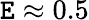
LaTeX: \mathtt{E}\approx0.5